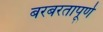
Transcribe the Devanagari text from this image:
बरबरतापूर्ण